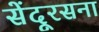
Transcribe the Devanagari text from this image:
सेंदूरसना